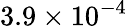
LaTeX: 3.9\times 10^{-4}